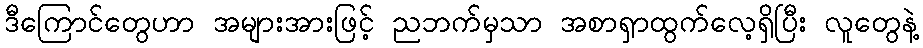
ဒီကြောင်တွေဟာ အများအားဖြင့် ညဘက်မှသာ အစာရှာထွက်လေ့ရှိပြီး လူတွေနဲ့